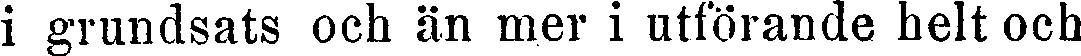
i grundsats och än mer i utförande helt och